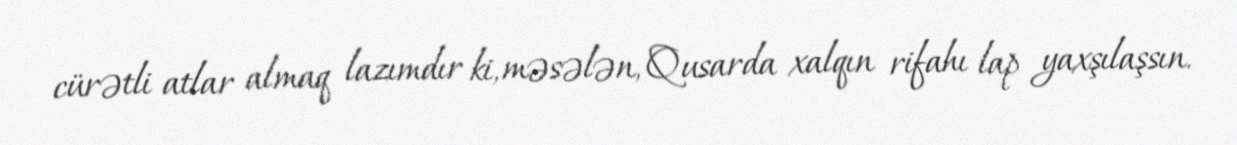
cürətli atlar almaq lazımdır ki, məsələn, Qusarda xalqın rifahı lap yaxşılaşsın.